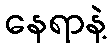
နေရာနဲ့